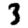
Digit: 3